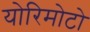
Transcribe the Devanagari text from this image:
योरिमोटो